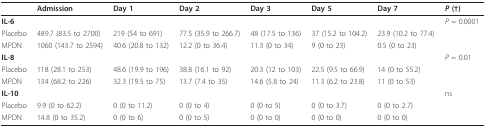
<table><thead><tr><td></td><td><b>Admission</b></td><td><b>Day 1</b></td><td><b>Day 2</b></td><td><b>Day 3</b></td><td><b>Day 5</b></td><td><b>Day 7</b></td><td><b><i>P </i>(†)</b></td></tr></thead><tbody><tr><td><b>IL-6</b></td><td></td><td></td><td></td><td></td><td></td><td></td><td><i>P </i>= 0.0001</td></tr><tr><td>Placebo</td><td>489.7 (83.5 to 2700)</td><td>219 (54 to 691)</td><td>77.5 (35.9 to 266.7)</td><td>48 (17.5 to 136)</td><td>37 (15.2 to 104.2)</td><td>23.9 (10.2 to 77.4)</td><td></td></tr><tr><td>MPDN</td><td>1060 (143.7 to 2594)</td><td>40.6 (20.8 to 132)</td><td>12.2 (0 to 36.4)</td><td>11.3 (0 to 34)</td><td>9 (0 to 23)</td><td>0.5 (0 to 23)</td><td></td></tr><tr><td><b>IL-8</b></td><td></td><td></td><td></td><td></td><td></td><td></td><td><i>P </i>= 0.01</td></tr><tr><td>Placebo</td><td>118 (28.1 to 253)</td><td>48.6 (19.9 to 196)</td><td>38.8 (16.1 to 92)</td><td>20.3 (12 to 103)</td><td>22.5 (9.5 to 66.9)</td><td>14 (0 to 55.2)</td><td></td></tr><tr><td>MPDN</td><td>134 (68.2 to 226)</td><td>32.3 (19.5 to 75)</td><td>13.7 (7.4 to 35)</td><td>14.6 (5.8 to 24)</td><td>11.3 (6.2 to 23.8)</td><td>11 (0 to 53)</td><td></td></tr><tr><td><b>IL-10</b></td><td></td><td></td><td></td><td></td><td></td><td></td><td>ns</td></tr><tr><td>Placebo</td><td>9.9 (0 to 62.2)</td><td>0 (0 to 11.2)</td><td>0 (0 to 4)</td><td>0 (0 to 5)</td><td>0 (0 to 3.7)</td><td>0 (0 to 2.7)</td><td></td></tr><tr><td>MPDN</td><td>14.8 (0 to 35.2)</td><td>0 (0 to 6)</td><td>0 (0 to 5)</td><td>0 (0 to 0)</td><td>0 (0 to 0)</td><td>0 (0 to 0)</td><td></td></tr></tbody></table>